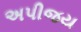
અપીજય